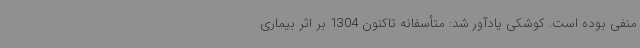
منفی بوده است. کوشکی یادآور شد: متأسفانه تاکنون 1304 بر اثر بیماری